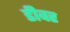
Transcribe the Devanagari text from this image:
डीवर